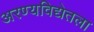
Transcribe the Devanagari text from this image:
अरण्यविद्येतला